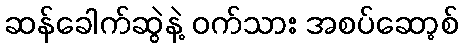
ဆန်ခေါက်ဆွဲနဲ့ ဝက်သား အစပ်ဆော့စ်